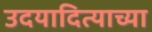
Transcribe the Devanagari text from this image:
उदयादित्याच्या